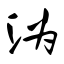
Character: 沩